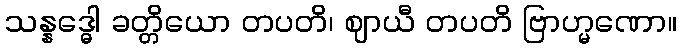
သန္နဒ္ဓေါ ခတ္တိယော တပတိ၊ ဈာယီ တပတိ ဗြာဟ္မဏော။